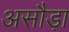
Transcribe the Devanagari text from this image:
असौड़ा